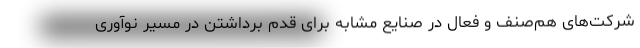
شرکت‌های هم‌صنف و فعال در صنایع مشابه برای قدم برداشتن در مسیر نوآوری